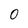
Character: 0